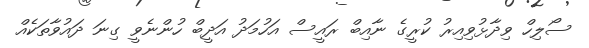
ސޯލިހް ވިދާޅުވިއިރު ކުރީގެ ނާއިބް ރައީސް އަހުމަދު އަދީބް ހުންނެވީ ގިނަ ދައުވާތަކެއް